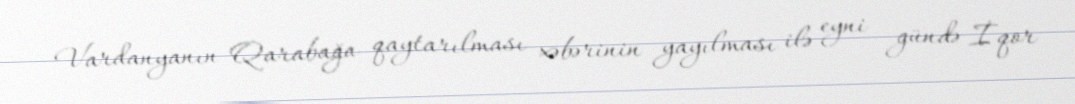
Vardanyanın Qarabağa qaytarılması xəbərinin yayılması ilə eyni gündə İqor